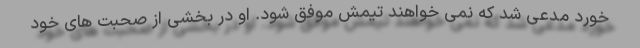
خورد مدعی شد که نمی خواهند تیمش موفق شود. او در بخشی از صحبت های خود